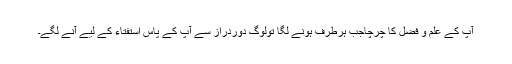
آپ کے علم و فضل کا چرچاجب ہرطرف ہونے لگا تولوگ دوردراز سے آپ کے پاس استفتاء کے لیے آنے لگے۔